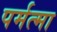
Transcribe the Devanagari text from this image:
पर्मत्मा